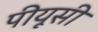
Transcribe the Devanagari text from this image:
पीयूसी